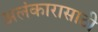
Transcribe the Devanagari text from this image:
अलंकारासाठी